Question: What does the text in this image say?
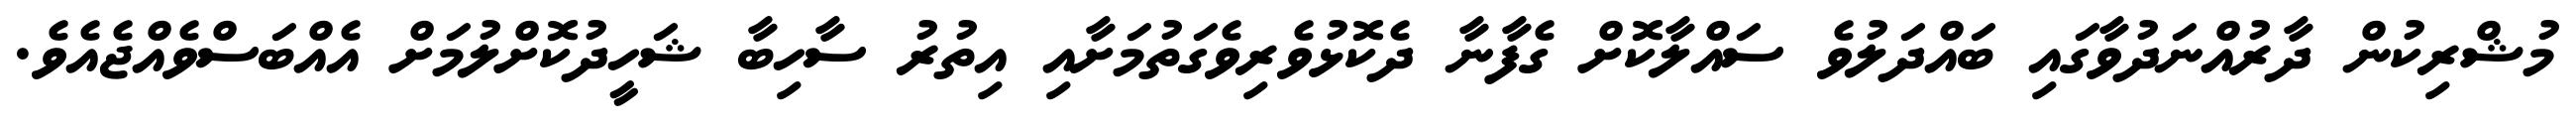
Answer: މުޝްރިކުން ދާރުއްނަދުވާގައި ބައްދަލުވެ ސައްލާކޮށް ގެފާނާ ދެކޮޅުވެރިވެގަތުމަށާއި އިތުރު ސާހިބާ ޝަހީދުކޮށްލުމަށް އެއްބަސްވެއްޖެއެވެ.